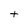
Character: t